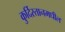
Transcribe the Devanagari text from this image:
कुर्दिस्तानमधील